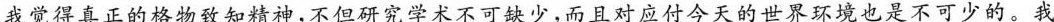
我觉得真正的格物致知精神，不但研究学术不可缺少，而且对应付今天的世界环境也是不可少的。我